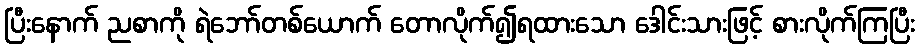
ပြီးနောက် ညစာကို ရဲဘော်တစ်ယောက် တောလိုက်၍ရထားသော ဒေါင်းသားဖြင့် စားလိုက်ကြပြီး